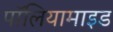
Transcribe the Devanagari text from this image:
पॉलियामाइड